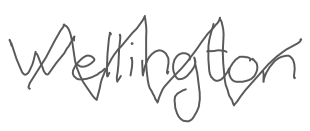
Text: Wellington
Cross-out: zig-zag
Writing tool: digital_gray